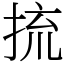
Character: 㧧